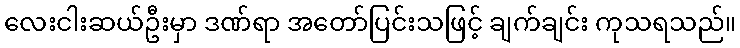
လေးငါးဆယ်ဦးမှာ ဒဏ်ရာ အတော်ပြင်းသဖြင့် ချက်ချင်း ကုသရသည်။